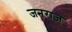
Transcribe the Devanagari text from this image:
जनराज